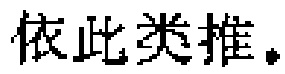
依此类推。